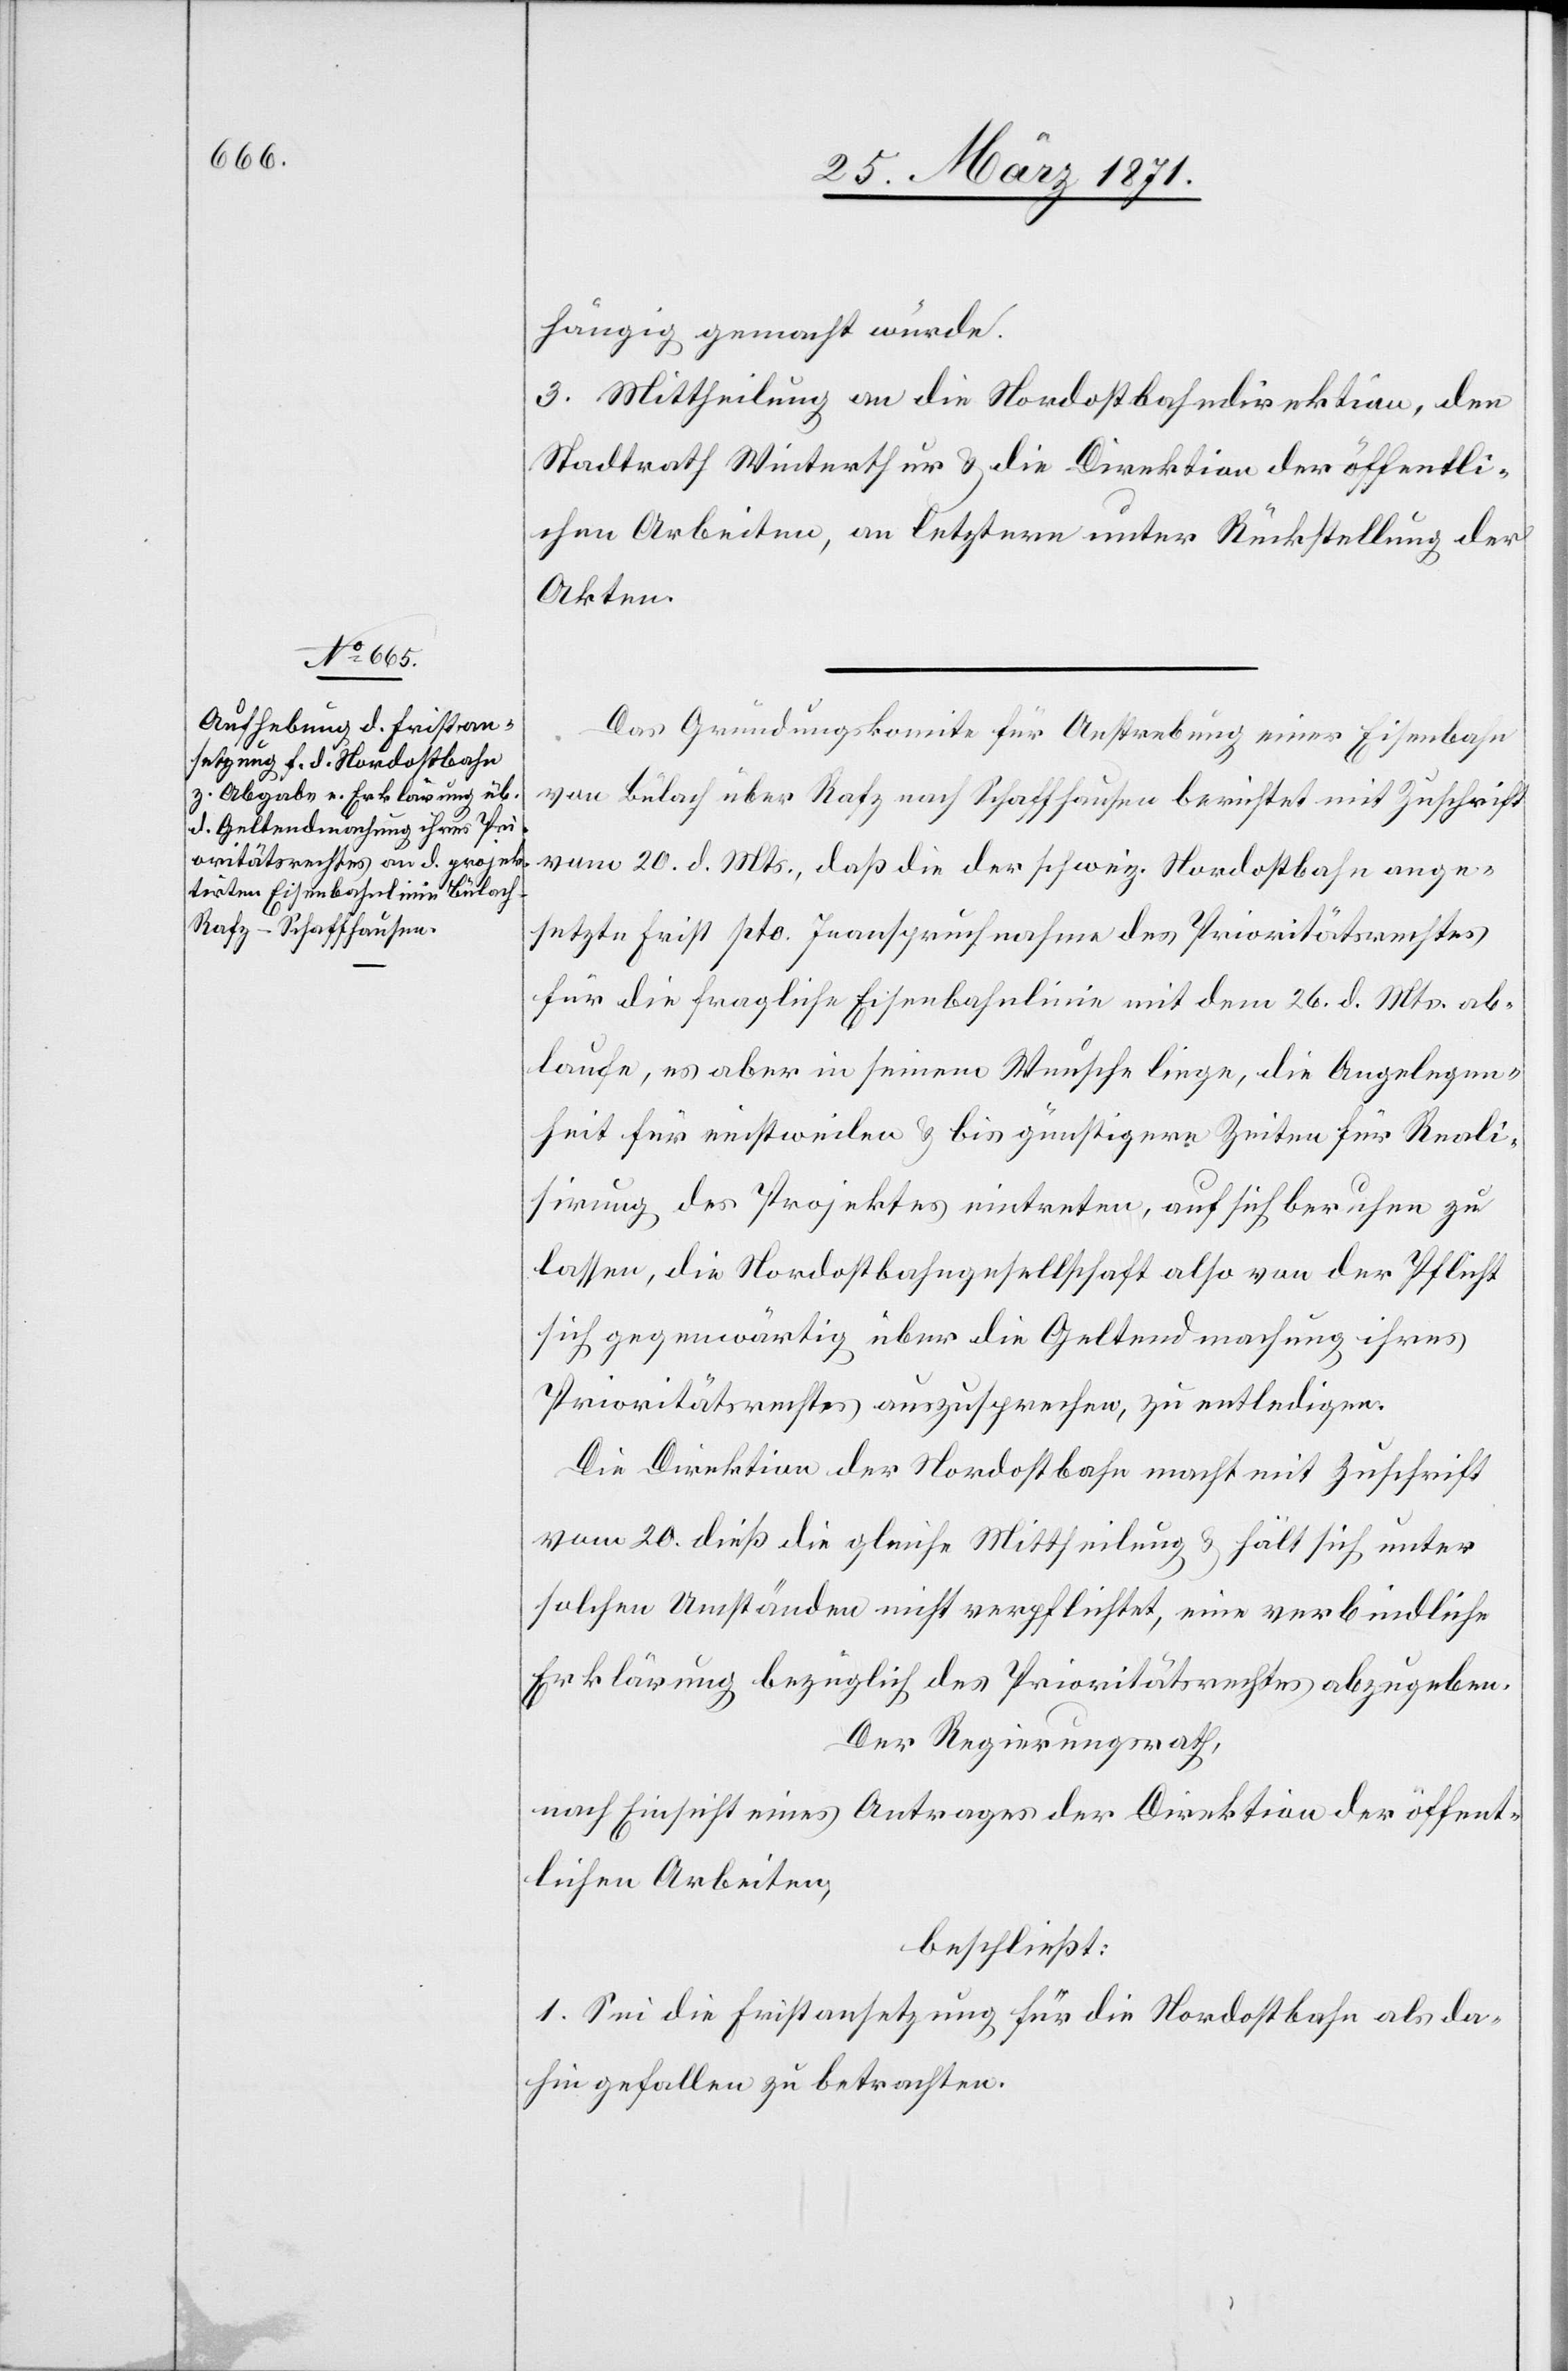
hängig gemacht würde.
3. Mittheilung an die Nordostbahndirektion, den
Stadtrath Winterthur u. die Direktion der öffentli¬
chen Arbeiten, an letztere unter Rückstellung der
Akten.
Das Gründungskomite für Anstrebung einer Eisenbahn
von Bülach über Rafz nach Schaffhausen berichtet mit Zuschrift
vom 20. d. Mts., daß die der schweiz. Nordostbahn ange¬
setzte Frist pto. Inanspruchnahme des Prioritätsrechtes
für die fragliche Eisenbahnlinie mit dem 26. d. Mts. ab¬
laufe, es aber in seinem Wunsche liege, die Angelegen¬
heit für einstweilen u. bis günstigerer Zeiten für Reali¬
sirung des Projektes eintreten, auf sich berufen zu
lassen, die Nordostbahngesellschaft also von der Pflicht
sich gegenwärtig über die Geltendmachung ihres
Prioritätsrechtes auszusprechen, zu entledigen.
Die Direktion der Nordostbahn macht mit Zuschrift
vom 20. dieß die gleiche Mittheilung u. hält sich unter
solchen Umständen nicht verpflichtet, eine verbindliche
Erklärung bezüglich des Prioritätsrechtes abzugeben.
Der Regierungsrath,
nach Einsicht eines Antrages der Direktion der öffent¬
lichen Arbeiten,
beschließt:
1. Sei die Fristansetzung für die Nordostbahn als da¬
hin gefallen zu betrachten.